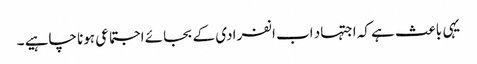
یہی باعث ہے کہ اجتہاد اب انفرادی کے بجائے اجتماعی ہونا چاہیے ۔